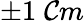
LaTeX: \pm1\; \mathcal{C}m